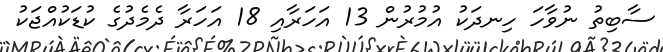
ސާބިތު ނުވާހަ ހިނދަކު އުމުރުން 13 އަހަރާއި 18 އަހަރާ ދެމެދުގެ ކުޑަކުއްޖަކު